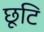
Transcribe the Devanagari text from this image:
छूटि